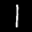
Label: 1